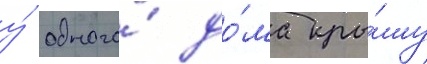
у́ одного́ до́ма кры́шу